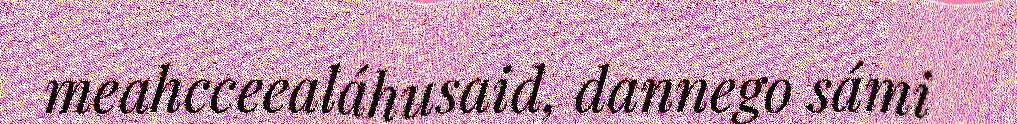
meahcceealáhusaid, dannego sámi